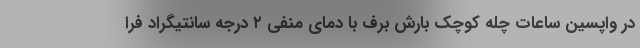
در واپسین ساعات چله کوچک بارش برف با دمای منفی ۲ درجه سانتیگراد فرا